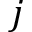
j